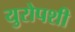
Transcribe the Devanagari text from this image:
युरोपशी